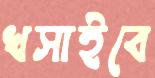
খসাইবে